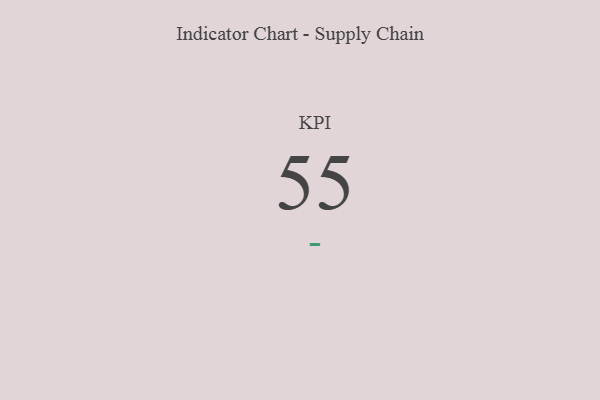
{"axis": {"x": "KPI", "y": "Value"}, "legend": [""], "data": [{"x": "KPI", "y": 55, "type": ""}]}